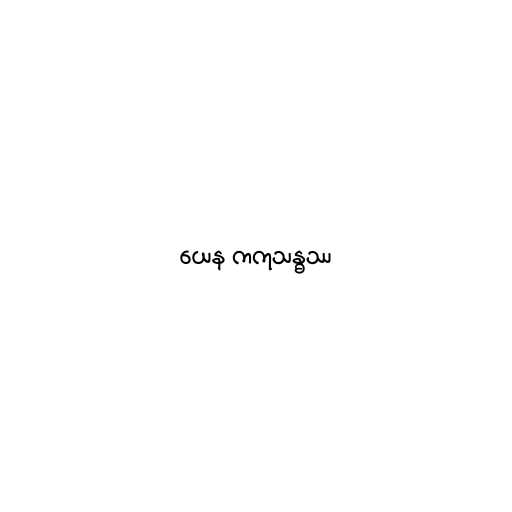
ယေန ကကုသန္ဓဿ